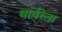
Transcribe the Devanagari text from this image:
बार्बरेला